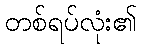
တစ်ရပ်လုံး၏